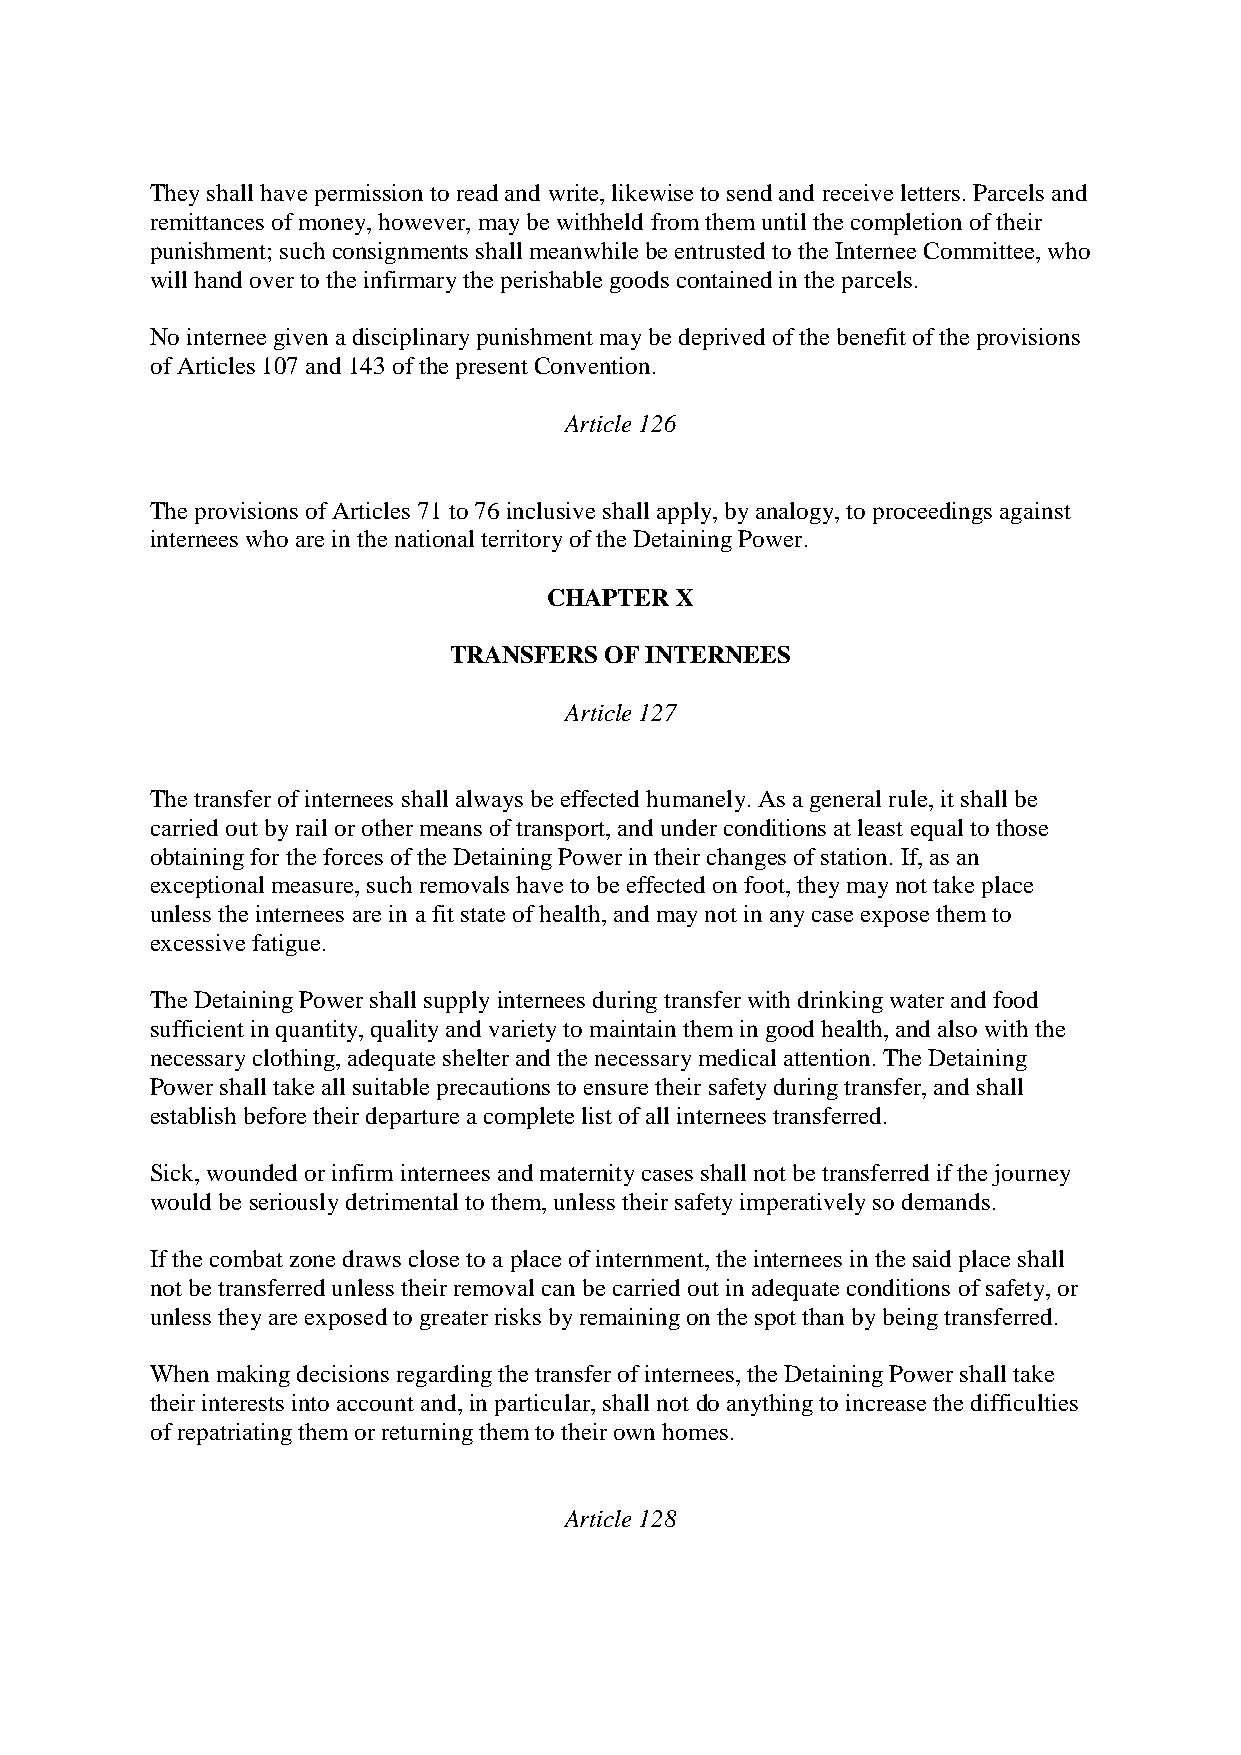
They shall have permission to read and write, likewise to send and receive letters. Parcels and
 remittances of money, however, may be withheld from them until the completion of their
 punishment; such consignments shall meanwhile be entrusted to the Internee Committee, who
 will hand over to the infirmary the perishable goods contained in the parcels.
 No internee given a disciplinary punishment may be deprived of the benefit of the provisions
 of Articles 107 and 143 of the present Convention.
 Article 126
 The provisions of Articles 71 to 76 inclusive shall apply, by analogy, to proceedings against
 internees who are in the national territory of the Detaining Power.
 CHAPTER  X
 TRANSFERS OF INTERNEES
 Article 127
 The transfer of internees shall always be effected humanely. As a general rule, it shall be
 carried out by rail or other means of transport, and under conditions at least equal to those
 obtaining for the forces of the Detaining Power in their changes of station. If, as an
 exceptional measure, such removals have to be effected on foot, they may not take place
 unless the internees are in a fit state of health, and may not in any case expose them to
 excessive fatigue.
 The Detaining Power shall supply internees during transfer with drinking water and food
 sufficient in quantity, quality and variety to maintain them in good health, and also with the
 necessary clothing, adequate shelter and the necessary medical attention. The Detaining
 Power shall take all suitable precautions to ensure their safety during transfer, and shall
 establish before their departure a complete list of all internees transferred.
 Sick, wounded or infirm internees and maternity cases shall not be transferred if the journey
 would be seriously detrimental to them, unless their safety imperatively so demands.
 If the combat zone draws close to a place of internment, the internees in the said place shall
 not be transferred unless their removal can be carried out in adequate conditions of safety, or
 unless they are exposed to greater risks by remaining on the spot than by being transferred.
 When making decisions regarding the transfer of internees, the Detaining Power shall take
 their interests into account and, in particular, shall not do anything to increase the difficulties
 of repatriating them or returning them to their own homes.
 Article 128